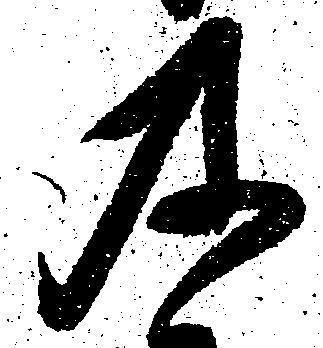
及